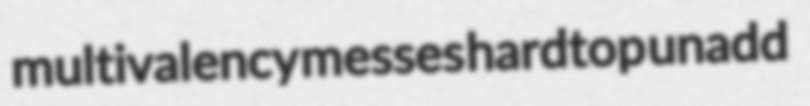
multivalency messes hardtop unadd